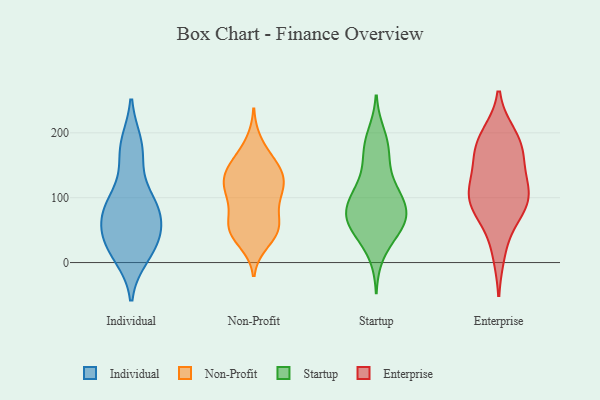
{"axis": {"x": "Headcount", "y": "Value"}, "legend": ["Enterprise", "Individual", "Non-Profit", "Startup"], "data": [{"x": "", "y": 32, "type": "Individual"}, {"x": "", "y": 47, "type": "Individual"}, {"x": "", "y": 82, "type": "Individual"}, {"x": "", "y": 71, "type": "Individual"}, {"x": "", "y": 182, "type": "Individual"}, {"x": "", "y": 168, "type": "Individual"}, {"x": "", "y": 102, "type": "Individual"}, {"x": "", "y": 84, "type": "Individual"}, {"x": "", "y": 11, "type": "Individual"}, {"x": "", "y": 26, "type": "Individual"}, {"x": "", "y": 65, "type": "Non-Profit"}, {"x": "", "y": 45, "type": "Non-Profit"}, {"x": "", "y": 83, "type": "Non-Profit"}, {"x": "", "y": 51, "type": "Non-Profit"}, {"x": "", "y": 109, "type": "Non-Profit"}, {"x": "", "y": 143, "type": "Non-Profit"}, {"x": "", "y": 163, "type": "Non-Profit"}, {"x": "", "y": 123, "type": "Non-Profit"}, {"x": "", "y": 102, "type": "Non-Profit"}, {"x": "", "y": 149, "type": "Non-Profit"}, {"x": "", "y": 52, "type": "Non-Profit"}, {"x": "", "y": 140, "type": "Non-Profit"}, {"x": "", "y": 185, "type": "Non-Profit"}, {"x": "", "y": 52, "type": "Non-Profit"}, {"x": "", "y": 126, "type": "Non-Profit"}, {"x": "", "y": 142, "type": "Non-Profit"}, {"x": "", "y": 106, "type": "Non-Profit"}, {"x": "", "y": 114, "type": "Non-Profit"}, {"x": "", "y": 51, "type": "Non-Profit"}, {"x": "", "y": 32, "type": "Non-Profit"}, {"x": "", "y": 166, "type": "Startup"}, {"x": "", "y": 89, "type": "Startup"}, {"x": "", "y": 171, "type": "Startup"}, {"x": "", "y": 185, "type": "Startup"}, {"x": "", "y": 71, "type": "Startup"}, {"x": "", "y": 87, "type": "Startup"}, {"x": "", "y": 68, "type": "Startup"}, {"x": "", "y": 55, "type": "Startup"}, {"x": "", "y": 113, "type": "Startup"}, {"x": "", "y": 110, "type": "Startup"}, {"x": "", "y": 197, "type": "Startup"}, {"x": "", "y": 95, "type": "Startup"}, {"x": "", "y": 58, "type": "Startup"}, {"x": "", "y": 94, "type": "Startup"}, {"x": "", "y": 43, "type": "Startup"}, {"x": "", "y": 13, "type": "Startup"}, {"x": "", "y": 59, "type": "Startup"}, {"x": "", "y": 135, "type": "Startup"}, {"x": "", "y": 60, "type": "Startup"}, {"x": "", "y": 16, "type": "Enterprise"}, {"x": "", "y": 163, "type": "Enterprise"}, {"x": "", "y": 196, "type": "Enterprise"}, {"x": "", "y": 84, "type": "Enterprise"}, {"x": "", "y": 193, "type": "Enterprise"}, {"x": "", "y": 167, "type": "Enterprise"}, {"x": "", "y": 108, "type": "Enterprise"}, {"x": "", "y": 70, "type": "Enterprise"}, {"x": "", "y": 173, "type": "Enterprise"}, {"x": "", "y": 113, "type": "Enterprise"}, {"x": "", "y": 120, "type": "Enterprise"}, {"x": "", "y": 103, "type": "Enterprise"}, {"x": "", "y": 87, "type": "Enterprise"}]}